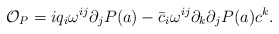
\begin{align*}{\cal O}_P = iq_i \omega^{ij}\partial_j P(a) - \bar c_i \omega^{ij}\partial_k\partial_j P(a)c^k.\end{align*}